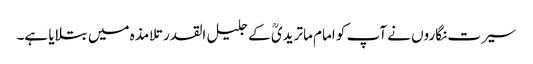
سیرت نگاروں نے آپ کو امام ماتریدیؒ کے جلیل القدر تلامذہ میں بتلایا ہے۔